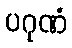
ပဂုဏံ